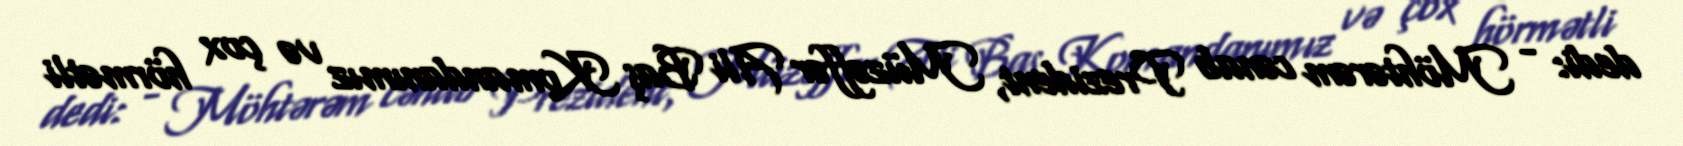
dedi: - Möhtərəm cənab Prezident, Müzəffər Ali Baş Komandanımız və çox hörmətli